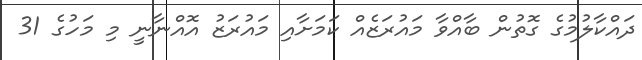
ދައްކާލުމުގެ ގޮތުން ބާއްވާ މައުރަޒެއް ކަމަށާއި މައުރަޒު އޮއްނާނީ މި މަހުގެ 31